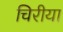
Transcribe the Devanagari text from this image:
चिरीया